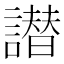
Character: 譛